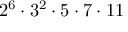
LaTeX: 2 ^ { 6 } \cdot 3 ^ { 2 } \cdot 5 \cdot 7 \cdot 1 1